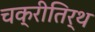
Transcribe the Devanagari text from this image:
चक्रीतिर्थ